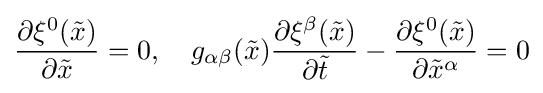
{\frac {\partial \xi ^{0}({\tilde {x}})}{\partial {\tilde {x}}}}=0,\quad g_{\alpha \beta }({\tilde {x}}){\frac {\partial \xi ^{\beta }({\tilde {x}})}{\partial {\tilde {t}}}}-{\frac {\partial \xi ^{0}({\tilde {x}})}{\partial {\tilde {x}}^{\alpha }}}=0